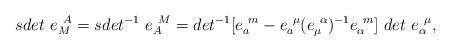
LaTeX: \begin{align*}{sdet}~e^{~A}_M={sdet}^{-1}~e^{~M}_A=det^{-1}[e^{~m}_a-e^{~\mu}_a(e^{~\alpha}_\mu)^{-1}e^{~m}_\alpha]~det~e^{~\mu}_\alpha,\end{align*}